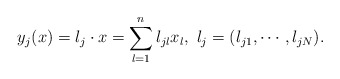
\begin{align*}y_j(x)=\l_j\cdot x=\sum_{l=1}^n\l_{jl}x_l,\ \l_j=(\l_{j1},\cdots,\l_{jN}).\end{align*}